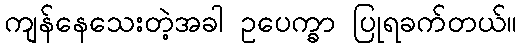
ကျန်နေသေးတဲ့အခါ ဥပေက္ခာ ပြုရခက်တယ်။